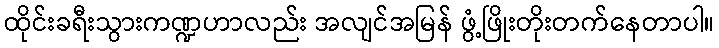
ထိုင်းခရီးသွားကဏ္ဍဟာလည်း အလျင်အမြန် ဖွံ့ဖြိုးတိုးတက်နေတာပါ။